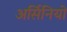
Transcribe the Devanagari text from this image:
अर्सिनियो